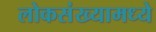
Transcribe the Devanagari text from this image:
लोकसंख्यामध्ये